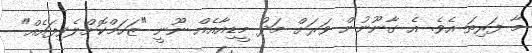
މާ ފަރިތަ އެވެ. އެ ގާނޫނުން ވަރަށް މަދު މީޑިއާއެއް ނޫނީ "ޒަހަމްކޮށްލެވިފައެއް"